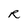
Character: R